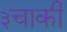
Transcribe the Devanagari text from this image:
३चाकी